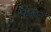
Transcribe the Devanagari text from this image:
पेबंद